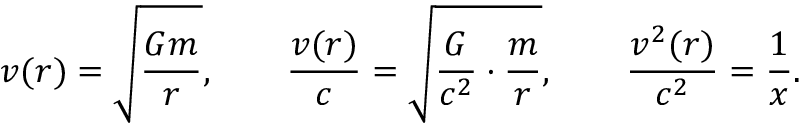
v ( r ) = \sqrt { \frac { G m } { r } } , \qquad \frac { v ( r ) } { c } = \sqrt { \frac { G } { c ^ { 2 } } \cdot \frac { m } { r } } , \qquad \frac { v ^ { 2 } ( r ) } { c ^ { 2 } } = \frac { 1 } { x } .